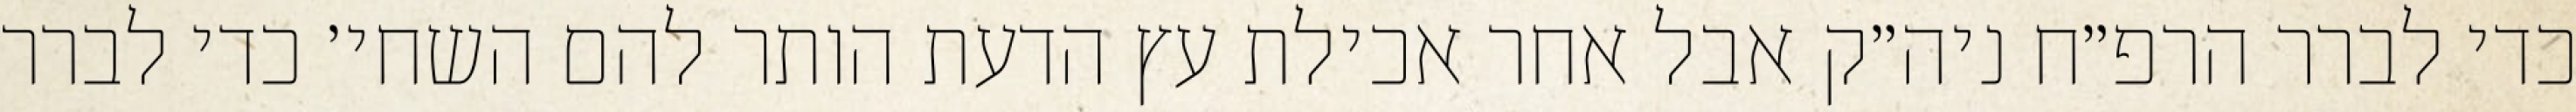
כדי לברר הרפ״ח ניה״ק אבל אחר אכילת עץ הדעת הותר להם השחי׳ כדי לברר